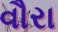
વૌરા